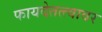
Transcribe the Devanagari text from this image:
फायदेतत्त्वावर